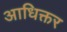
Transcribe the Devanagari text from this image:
आधिक्तर